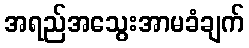
အရည်အသွေးအာမခံချက်